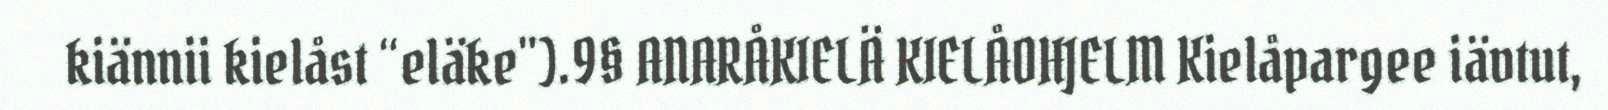
kiännii kielåst “eläke").9§ ANARÅKIELÄ KIELÅOHJELM Kielåpargee iävtut,